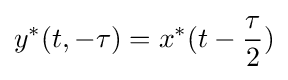
y^{*}(t,-\tau )=x^{*}(t-{\frac {\tau }{2}})